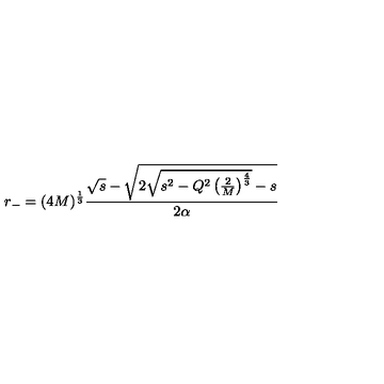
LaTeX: r _ { - } = ( 4 M ) ^ { \frac 1 3 } \frac { \sqrt { s } - \sqrt { 2 \sqrt { s ^ { 2 } - Q ^ { 2 } \left( \frac { 2 } { M } \right) ^ { \frac 4 3 } } - s } } { 2 \alpha }